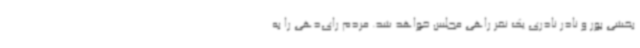
بخشی پور و نادر نادری یک نفر راهی مجلس خواهد شد. مردم رای‌دهی را به